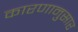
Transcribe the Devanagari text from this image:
कारणानुसार